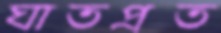
ঘাতপ্রত